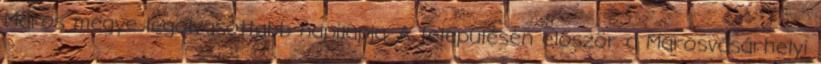
Maros megye legolvasottabb napilapja. A településen először a Marosvásárhelyi